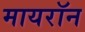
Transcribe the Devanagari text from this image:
मायरॉन